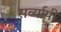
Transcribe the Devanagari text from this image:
सर्व्यापी